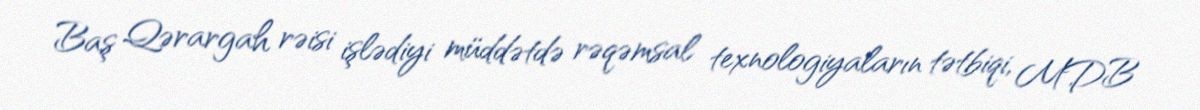
Baş Qərargah rəisi işlədiyi müddətdə rəqəmsal texnologiyaların tətbiqi, MDB